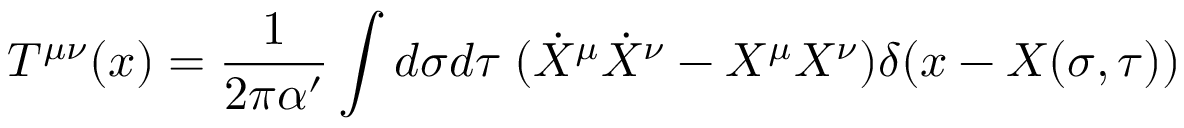
T ^ { \mu \nu } ( x ) = \frac { 1 } { 2 \pi \alpha ^ { \prime } } \int d \sigma d \tau \; ( \dot { X } ^ { \mu } \dot { X } ^ { \nu } - X ^ { \mu } X ^ { \nu } ) \delta ( x - X ( \sigma , \tau ) )